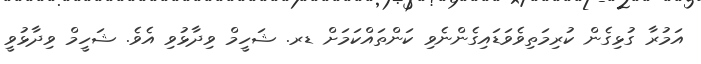
އަމުރާ ގުޅިގެން ކުރިމަތިވެވަޑައިގެންނެވި ކަންތައްކަމަށް ޑރ. ޝަހީމް ވިދާޅުވި އެވެ. ޝަހީމް ވިދާޅުވީ